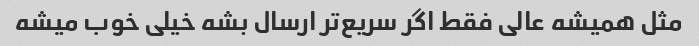
مثل همیشه عالی فقط اگر سریع‌تر ارسال بشه خیلی خوب میشه